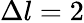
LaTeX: \Delta l=2